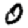
Digit: 0